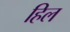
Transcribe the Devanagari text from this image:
हिल